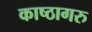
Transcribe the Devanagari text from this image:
काष्ठागरु